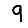
Digit: 9